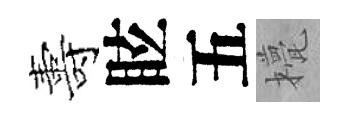
夀眩五甍